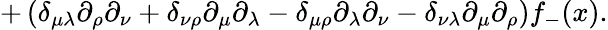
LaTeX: +\left(\delta_{\mu\lambda}\partial_{\rho}\partial_{\nu}+\delta_{\nu\rho}\partial_{\mu}\partial_{\lambda}-\delta_{\mu\rho}\partial_{\lambda}\partial_{\nu}-\delta_{\nu\lambda}\partial_{\mu}\partial_{\rho}\right)f_{-}(x).